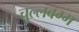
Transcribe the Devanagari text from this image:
चुल्लबग्ग